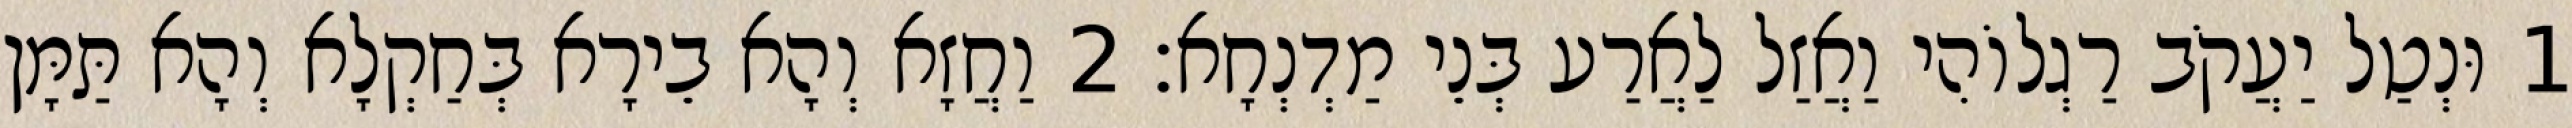
1 וּנְטַל יַעֲקֹב רַגְלוֹהִי וַאֲזַל לַאֲרַע בְּנֵי מַדְנְחָא׃ 2 וַחֲזָא וְהָא בֵירָא בְּחַקְלָא וְהָא תַּמָּן